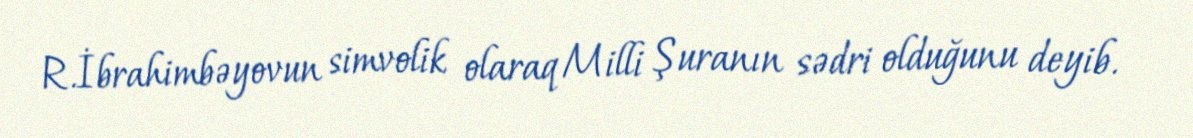
R.İbrahimbəyovun simvolik olaraq Milli Şuranın sədri olduğunu deyib.